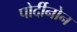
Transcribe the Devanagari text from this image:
पोर्दीनोन